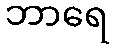
ဘာရေ